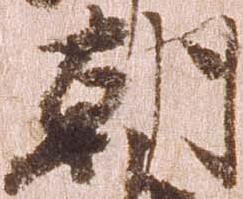
朝